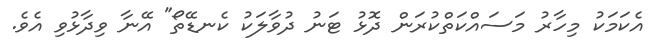
އެކަމަކު މިހާރު މަސައްކަތްކުރަން ދޮޅު ޓަނު ދުވާލަކު ކެނޑޭތޯ" އޭނާ ވިދާޅުވި އެވެ.